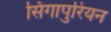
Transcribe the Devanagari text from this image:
सिंगापुरियन